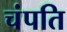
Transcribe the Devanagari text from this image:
चंपति